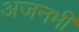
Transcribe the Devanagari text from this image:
अजनभी